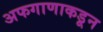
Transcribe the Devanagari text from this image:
अफगाणाकडून